Report of the Indian Hemp Drugs Commission, 1894-1895 - Volume VIII
Year: 1894
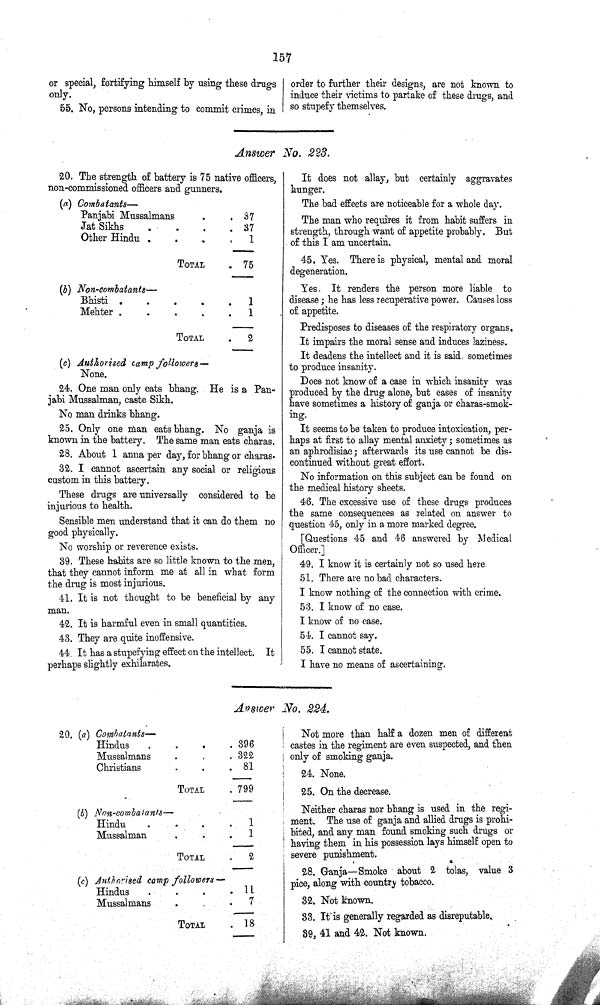
157
or special, fortifying himself by using these drugs
only.
55. No, persons intending to commit crimes, in
order to further their designs, are not known to
induce their victims to partake of these drugs, and
so stupefy themselves.
Answer No. 223.
20. The strength of battery is 75 native officers,
non-commissioned officers and gunners.
(a) Combatants—
Panjabi Mussalmans
37
Jat Sikhs
37
Other Hindu
1
TOTAL
75
(b) Non-combatants—
Bhisti
1
Mehter
1
TOTAL
2
(c) Authorised camp followers—
None.
24. One man only cats bhang. He is a Pan¬
jabi Mussalman, caste Sikh.
No man drinks bhang.
25. Only one man eats bhang. No ganja is
known in the battery. The same man eats charas.
28. About 1 anna per day, for bhang or charas.
32. I cannot ascertain any social or religious
custom in this battery.
These drugs are universally considered to be
injurious to health.
Sensible men understand that it can do them no
good physically.
No worship or reverence exists.
39. These habits are so little known to the men,
that they cannot inform me at all in what form
the drug is most injurious.
41. It is not thought to be beneficial by any
man.
42. It is harmful even in small quantities.
43. They are quite inoffensive.
44 It has a stupefying effect on the intellect. It
perhaps slightly exhilarates.
It does not allay, but certainly aggravates
hunger.
The bad effects are noticeable for a whole day.
The man who requires it from habit suffers in
strength, through want of appetite probably. But
of this I am uncertain.
45. Yes. There is physical, mental and moral
degeneration.
Yes. It renders the person more liable to
disease; he has less recuperative power. Causes loss
of appetite.
Predisposes to diseases of the respiratory organs.
It impairs the moral sense and induces laziness.
It deadens the intellect and it is said sometimes
to produce insanity.
Does not know of a case in which insanity was
produced by the drug alone, but cases of insanity
have sometimes a history of ganja or charas-smok-
ing.
It seems to be taken to produce intoxication, per¬
haps at first to allay mental anxiety; sometimes as
an aphrodisiac; afterwards its use cannot be dis¬
continued without great effort.
No information on this subject can be found on
the medical history sheets.
46. The excessive use of these drugs produces
the same consequences as related on answer to
question 45, only in a more marked degree.
[Questions 45 and 46 answered by Medical
Officer.]
49. I know it is certainly not so used here.
51. There are no bad characters.
I know nothing of the connection with crime.
53. I know of no case.
I know of no case.
54. I cannot say.
55. I cannot state.
I have no means of ascertaining.
Answer No. 224.
20. (a) Combatants—
Hindus
396
Mussalmans
322
Christians
81
TOTAL
799
(b) Non-combatants—
Hindu
1
Mussalman
1
TOTAL
2
(c)
Authorised
camp followers—
Hindus
11
Mussalmans
7
TOTAL
18
Not more than half a dozen men of different
castes in the regiment are even suspected, and then
only of smoking ganja.
24. None.
25. On the decrease.
Neither charas nor bhang is used in the regi¬
ment. The use of ganja and allied drugs is prohi¬
bited, and any man found smoking such drugs or
having them in his possession lays himself open to
severe punishment.
28. Ganja—Smoke about 2 tolas, value 3
pice, along with country tobacco.
32. Not known.
33. It is generally regarded as disreputable.
39, 41 and 42. Not known.